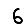
Digit: 6